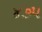
૪૭૫